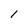
Character: 1